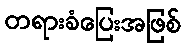
တရားခံပြေးအဖြစ်